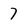
Character: 7